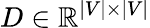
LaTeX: D\in\mathbb{R}^{|V|\times|V|}